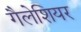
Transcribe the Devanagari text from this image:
गैलेशियर